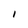
Character: I